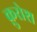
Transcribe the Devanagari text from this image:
क़ुरोश